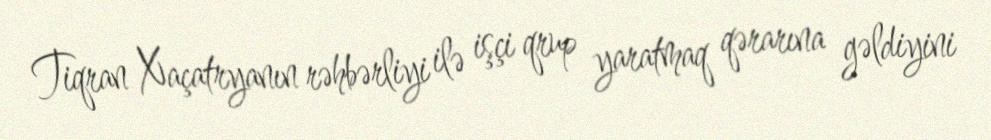
Tiqran Xaçatryanın rəhbərliyi ilə işçi qrup yaratmaq qərarına gəldiyini